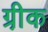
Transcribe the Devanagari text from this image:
ग्री़क